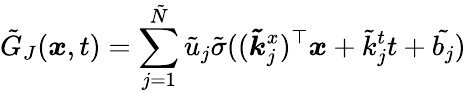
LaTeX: \tilde{G}_{J}(\boldsymbol{x},t)=\sum_{j=1}^{\tilde{N}}\tilde{u}_{j}\tilde{\sigma}((\boldsymbol{\tilde{k}}_{j}^{x})^{\top}\boldsymbol{x}+\tilde{k}_{j}^{t}t+\tilde{b_{j}})